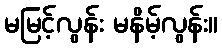
မမြင့်လွန်း မနိမ့်လွန်း။